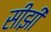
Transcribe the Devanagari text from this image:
सीझी